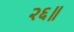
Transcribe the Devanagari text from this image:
२६॥